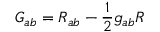
\displaystyle G _ { a b } = R _ { a b } - { \frac { 1 } { 2 } } g _ { a b } R